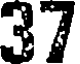
37